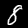
Digit: 8